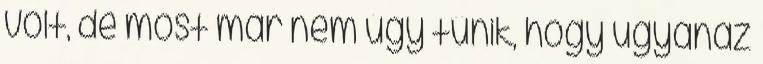
volt, de most már nem úgy tűnik, hogy ugyanaz